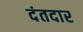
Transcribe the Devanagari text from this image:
दंतदार